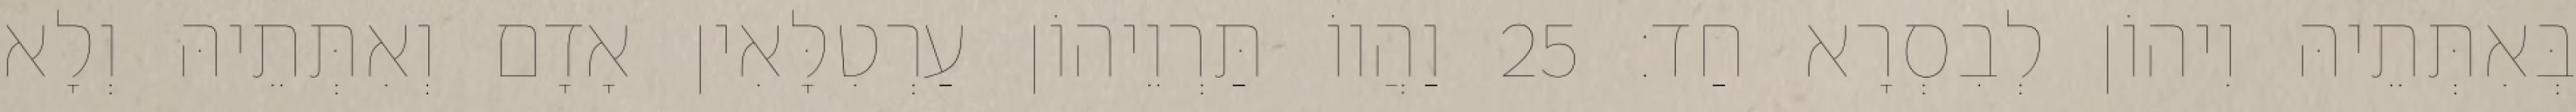
בְּאִתְּתֵיהּ וִיהוֹן לְבִסְרָא חַד׃ 25 וַהֲווֹ תַּרְוֵיהוֹן עַרְטִלָּאִין אָדָם וְאִתְּתֵיהּ וְלָא